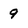
Character: 9